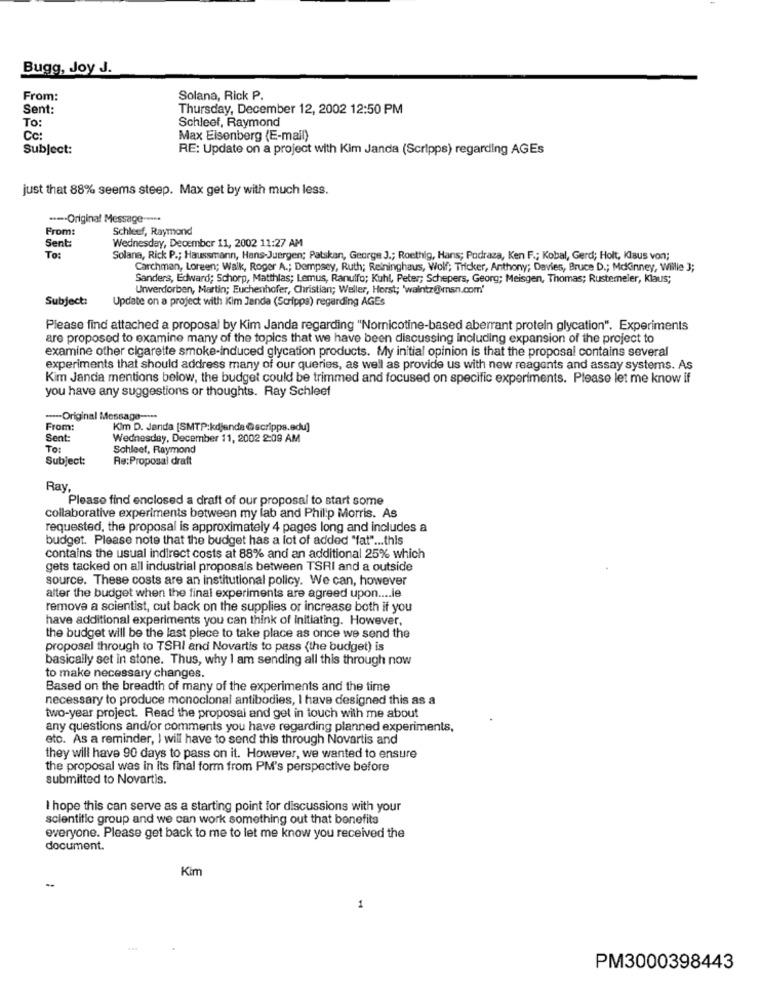
Bugg, Joy J.
From:
Solana, Rick P.
Sent:
Thursday, December 12, 2002 12:50 PM
To:
Schleef, Raymond
Cc:
Max Eisenberg (E-mail)
Subject:
RE: Update on a project with Kim Janda (Scripps) regarding AGEs
just that 88% seems steep. Max get by with much less.
--- Original Message --***
From:
Schleef, Raymond
Wednesday, December 11, 2002 11:27 AM
Sent:
To:
Solana, Rick P .; Haussmann, Hans-Juergen; Patskan, George J .; Roethig, Hans; Podraza, Ken F .; Kobal, Gerd; Holt, Klaus von;
Carchman, Loreen; Walk, Roger A .; Dempsey, Ruth; Retninghaus, Wolf; Tricker, Anthony; Davies, Bruce D .; Mckinney, Willie 3;
Sanders, Edward; Schorp, Matthias; Lemus, Ranulfo; Kuhl, Peter; Schepers, Georg; Meisgen, Thomas; Rustemeler, klaus;
Unwverdorben, Martin; Euchenhofer, Christian; Weller, Horst; 'walntz@msn.com'
Subject:
Update on a project with Kim Janda (Scripps) regarding AGEs
Please find attached a proposal by Kim Janda regarding "Nornicotine-based aberrant protein glycation". Experiments
are proposed to examine many of the topics that we have been discussing including expansion of the project to
examine other cigarette smoke-induced glycation products. My initial opinion is that the proposal contains several
experiments that should address many of our queries, as well as provide us with new reagents and assay systems. As
Kim Janda mentions below, the budget could be trimmed and focused on specific experiments. Please let me know if
you have any suggestions or thoughts. Ray Schleet
---- Original Message --***
From:
Kim D. Janda [SMTP:kdjenda @scripps.edu]
Sent
Wednesday, December 11, 2002 2:09 AM
TO:
Schleet, Raymond
Subject:
Re:Proposal draft
Ray,
Please find enclosed a draft of our proposal to start some
collaborative experiments between my lab and Philip Morris. As
requested, the proposal is approximately 4 pages long and includes a
budget. Please note that the budget has a lot of added "fat" ... this
contains the usual indirect costs at 88% and an additional 25% which
gets tacked on all industrial proposals between TSRI and a outside
source. These costs are an institutional policy. We can, however
alter the budget when the final experiments are agreed upon .... le
remove a scientist, cut back on the supplies or increase both if you
have additional experiments you can think of initiating. However,
the budget will be the last piece to take place as once we send the
proposal through to TSRI and Novartis to pass {the budget) is
basically set in stone. Thus, why I am sending all this through now
to make necessary changes.
Based on the breadth of many of the experiments and the time
necessary to produce monoclonal antibodies, I have designed this as a
two-year project. Read the proposal and get in touch with me about
any questions and/or comments you have regarding planned experiments,
etc. As a reminder, I will have to send this through Novartis and
they will have 90 days to pass on it. However, we wanted to ensure
the proposal was in its final form from PM's perspective before
submitted to Novartis.
I hope this can serve as a starting point for discussions with your
scientific group and we can work something out that benefits
everyone. Please get back to me to let me know you received the
document.
Kim
--
1
PM3000398443